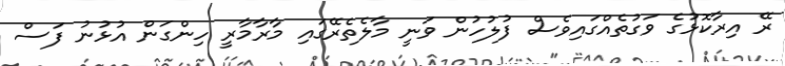
ރޭ އިރާކޮޅުގެ ވަގުތެއްގައިވެސް ފުލުހުން ވަނީ މާލެތެރޭގައި މާރާމާރީ ހިންގަން އުޅުނު ފަސް